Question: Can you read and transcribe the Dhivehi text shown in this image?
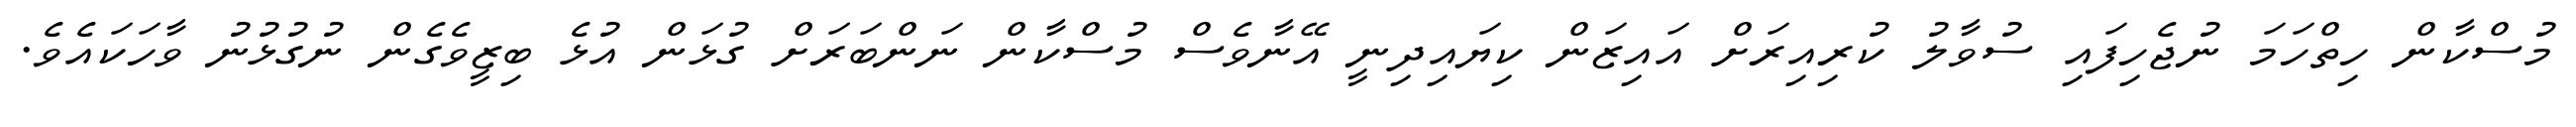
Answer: މުސްކާން ހިތްހަމަ ނުޖެހިފައި ސުވާލު ކުރިއިރަށް އައިޒަން ކިޔައިދިނީ އޭނާވެސް މުސްކާން ނަންބަރަށް ގުޅަން އުޅެ ބިޒީވެގެން ނުގުޅުނު ވާހަކައެވެ.